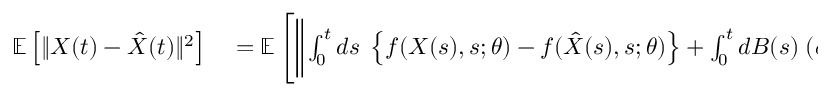
\begin{array} { r l } { \mathbb { E } \left[ \Vert X ( t ) - \hat { X } ( t ) \Vert ^ { 2 } \right] } & { { } = \mathbb { E } \left[ \bigg \Vert \int _ { 0 } ^ { t } d s \; \left\{ f ( X ( s ) , s ; \theta ) - f ( \hat { X } ( s ) , s ; \theta ) \right\} + \int _ { 0 } ^ { t } d B ( s ) \; ( \sigma - \hat { \sigma } ) \bigg \Vert ^ { 2 } \right] } \end{array}